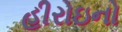
હીરોઇનો